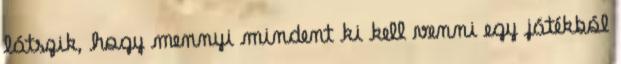
látszik, hogy mennyi mindent ki kell venni egy játékból